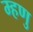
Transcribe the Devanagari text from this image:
म्हणु